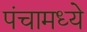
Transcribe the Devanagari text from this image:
पंचामध्ये